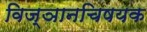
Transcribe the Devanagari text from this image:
विज्ञानचिषयक